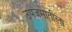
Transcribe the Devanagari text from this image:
उपजमातीला